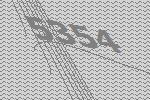
5354